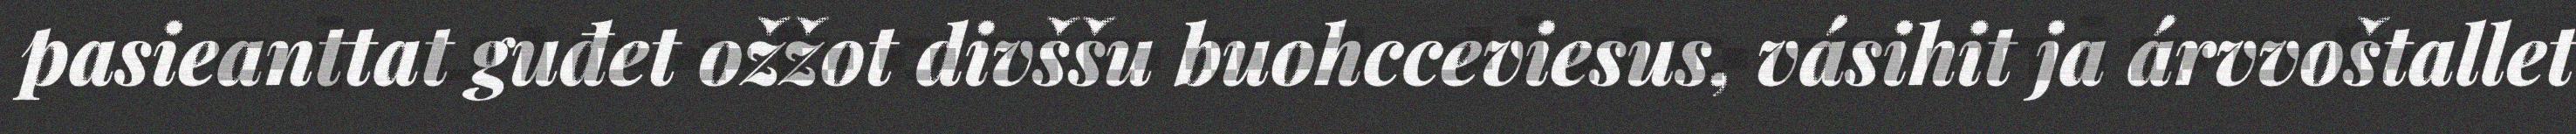
pasieanttat guđet ožžot divššu buohcceviesus, vásihit ja árvvoštallet